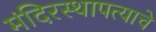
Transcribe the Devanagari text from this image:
मंदिरस्थापत्याचे